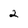
Character: 2